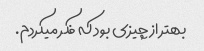
بهتر از چیزی بود که فکر میکردم.